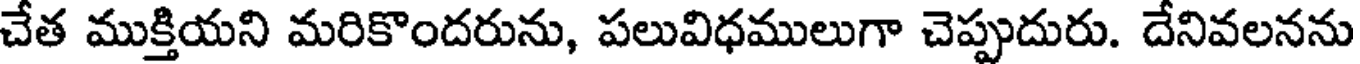
చేత ముక్తియని మరికొందరును, పలువిధములుగా చెప్పుదురు. దేనివలనను